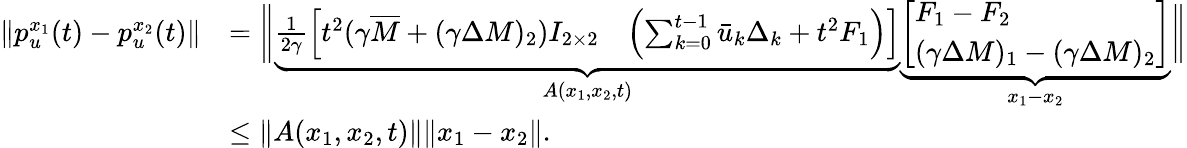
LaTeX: \begin{array}{rl}{\left\| p_{u}^{x_{1}}(t)-p_{u}^{x_{2}}(t)\right\| }&{=\bigg\| \underbrace{\frac{1}{2\gamma}\left[\begin{array}{ll}{t^{2}(\gamma\overline{{M}}+(\gamma\Delta M)_{2})I_{2\times 2}}&{\left(\sum_{k=0}^{t-1}\bar{u}_{k}\Delta_{k}+t^{2}F_{1}\right)}\end{array}\right]}_{A(x_{1},x_{2},t)}\underbrace{\left[\begin{array}{l}{F_{1}-F_{2}}\\ {(\gamma\Delta M)_{1}-(\gamma\Delta M)_{2}}\end{array}\right]}_{x_{1}-x_{2}}\bigg\| }\\ &{\leq\| A(x_{1},x_{2},t)\| \| x_{1}-x_{2}\| .}\end{array}